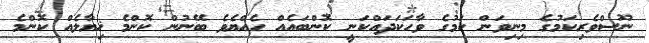
ނޫސްވެރިކަމުގެ މިނިވަން ކަމުގެ ވާހަކަދައްކަނީ ކޮންބައެއް ހެއްޔެވެ ބޭނުން ކޮންމެ ޚިޔާލެއް ކޮންމެ